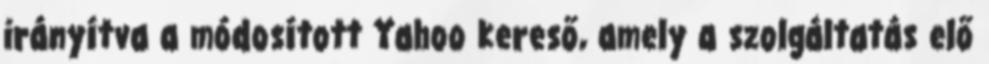
irányítva a módosított Yahoo kereső, amely a szolgáltatás elő